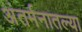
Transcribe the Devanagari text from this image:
अंतर्मनातल्या